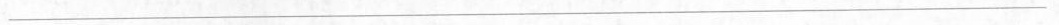
___